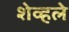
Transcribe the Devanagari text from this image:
शेव्हले